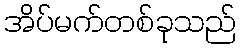
အိပ်မက်တစ်ခုသည်